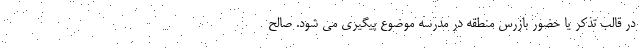
در قالب تذکر یا حضور بازرس منطقه در مدرسه موضوع پیگیری می شود. صالح